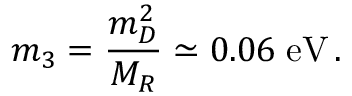
m _ { 3 } = \frac { m _ { D } ^ { 2 } } { M _ { R } } \simeq 0 . 0 6 \; \mathrm { e V } \, .